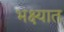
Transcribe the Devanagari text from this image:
भक्ष्यात